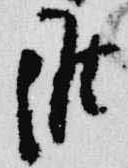
候